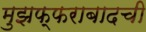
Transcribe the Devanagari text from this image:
मुझफ्फराबादची